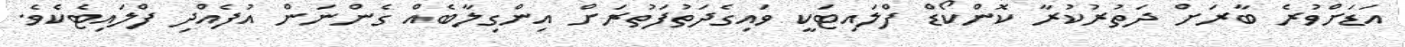
އަޑަށްވުރެ ބާރަށް ދަތުރުކުރާ ކޮންކޯޑް ފްލައިޓަކީ ވައިގެދަތުފަތުރަށް އިންގިލާބެއް ގެންނަން އުފެއްދި ފްލައިޓެކެވެ.